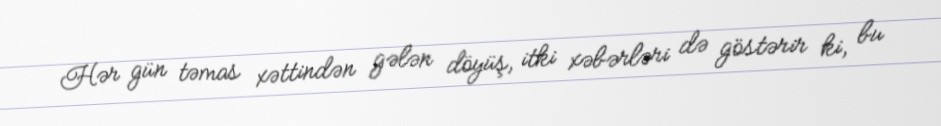
Hər gün təmas xəttindən gələn döyüş, itki xəbərləri də göstərir ki, bu